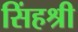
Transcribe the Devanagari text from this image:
सिंहश्री